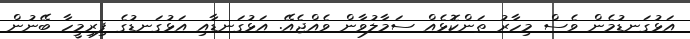
އަޅުގަނޑުމެން ވެސް މިހާރު ތަންކޮޅެއް ސަމާލުވާން ވެއްޖެއޭ. އަޅުގަނޑާއި އަޅުގަނޑުގެ ފިރިމީހާ ބޭނުން